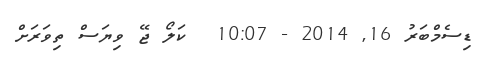
ޑިސެމްބަރު 16